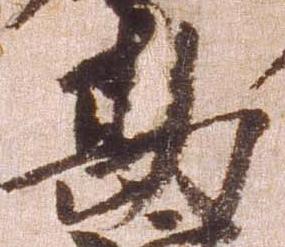
勘